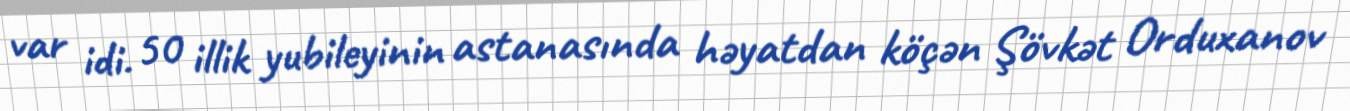
var idi. 50 illik yubileyinin astanasında həyatdan köçən Şövkət Orduxanov